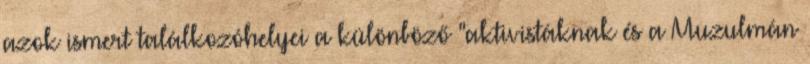
azok ismert találkozóhelyei a különböző "aktivistáknak és a Muzulmán